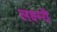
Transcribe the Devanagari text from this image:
लक्ष्म्यै